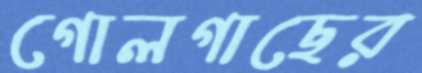
গোলগাছের